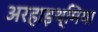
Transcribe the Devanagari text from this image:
अरहाइथ्मिया